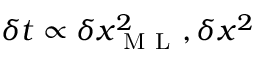
\delta t \propto \delta x _ { \mathrm { ~ M ~ L ~ } } ^ { 2 } , \delta x ^ { 2 }